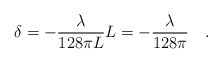
\begin{align*}\delta=-\frac{\lambda}{128\pi L}L=-\frac{\lambda}{128\pi} \ \ \ .\end{align*}